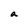
Character: a